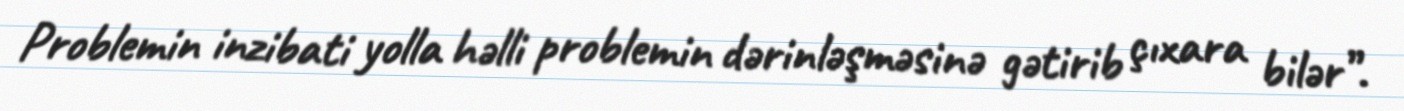
Problemin inzibati yolla həlli problemin dərinləşməsinə gətirib çıxara bilər”.